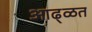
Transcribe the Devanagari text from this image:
आढ्ळत